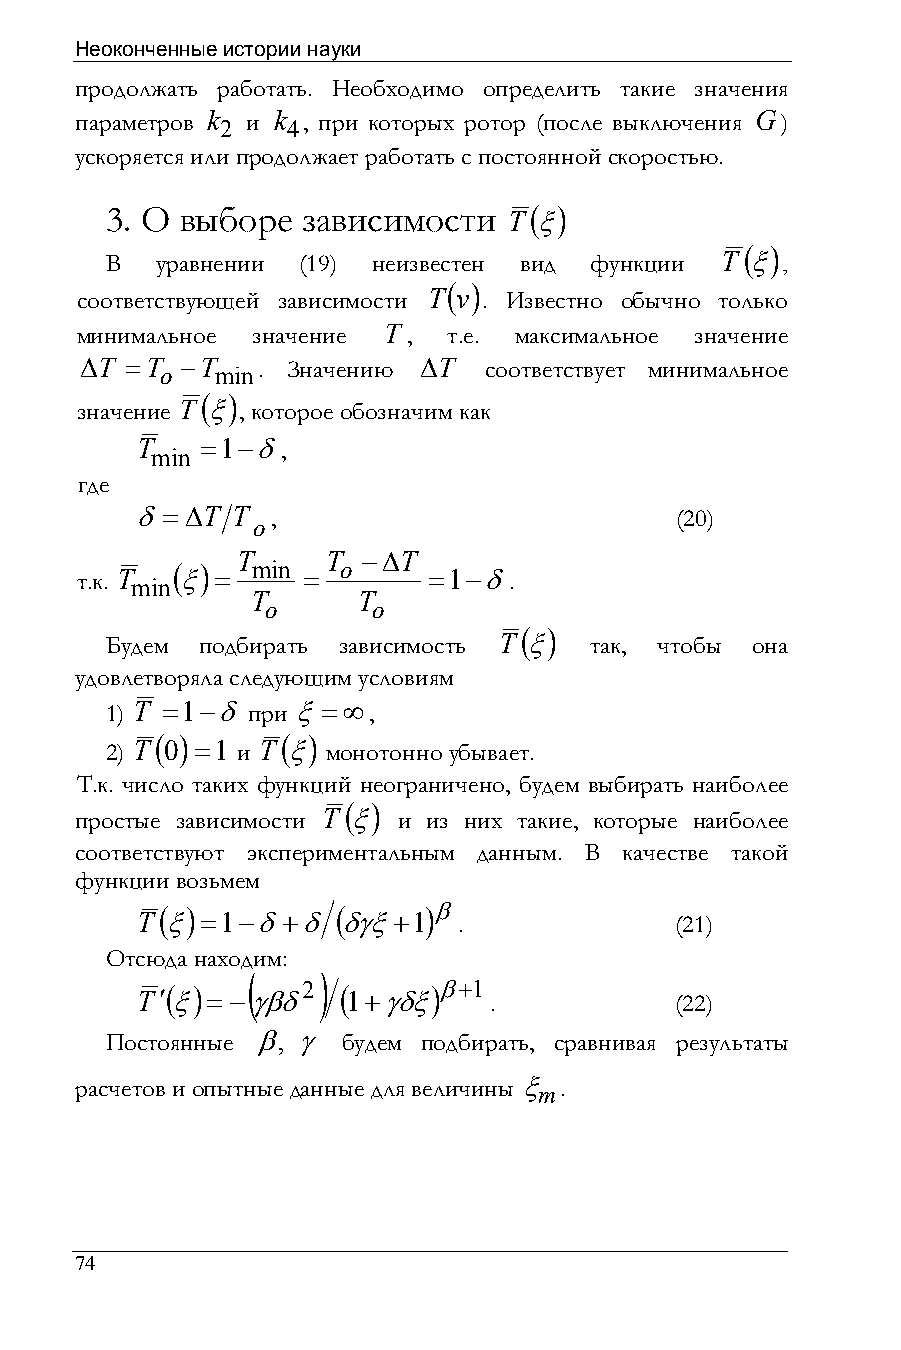
Неоконченные истории науки
 продолжать работать. Необходимо определить такие значения
 параметров k 2 и k 4, при которых ротор (после выключения G)
 ускоряется или продолжает работать с постоянной скоростью.
 3. О выборе  зависимости   T( ξ)
 ( )
 В  уравнении (19) неизвестен вид функции T ξ ,
 ( )
 соответствующей зависимости T v . Известно обычно только
 минимальное значение T , т.е. максимальное значение
 ∆T =T o −T min. Значению ∆T соответствует минимальное
 ( )
 значение T ξ , которое обозначим как
 T
 min
 =1−δ,
 где
 δ= ∆T T  ,                          (20)
 o
 T     T −∆T
 ( )   min  o
 т.к. T ξ =     =       =1−δ.
 min
 T      T
 o      o
 ( )
 Будем подбирать зависимость T ξ так, чтобы она
 удовлетворяла следующим условиям
 1) T =1−δ при ξ=∞,
 ( )      ( )
 2) T 0 =1 и T ξ монотонно убывает.
 Т.к. число таких функций неограничено, будем выбирать наиболее
 ( )
 простые зависимости T ξ и из них такие, которые наиболее
 соответствуют экспериментальным данным. В качестве такой
 функции возьмем
 ( )        (     )β
 T ξ =1−δ+δ    δγξ+1  .              (21)
 Отсюда находим:
 (    )
 T′( ξ) =−γβδ2 ( 1+γδξ)β+1
 .            (22)
 Постоянные β, γ будем подбирать, сравнивая результаты
 расчетов и опытные данные для величины ξ m.
 74